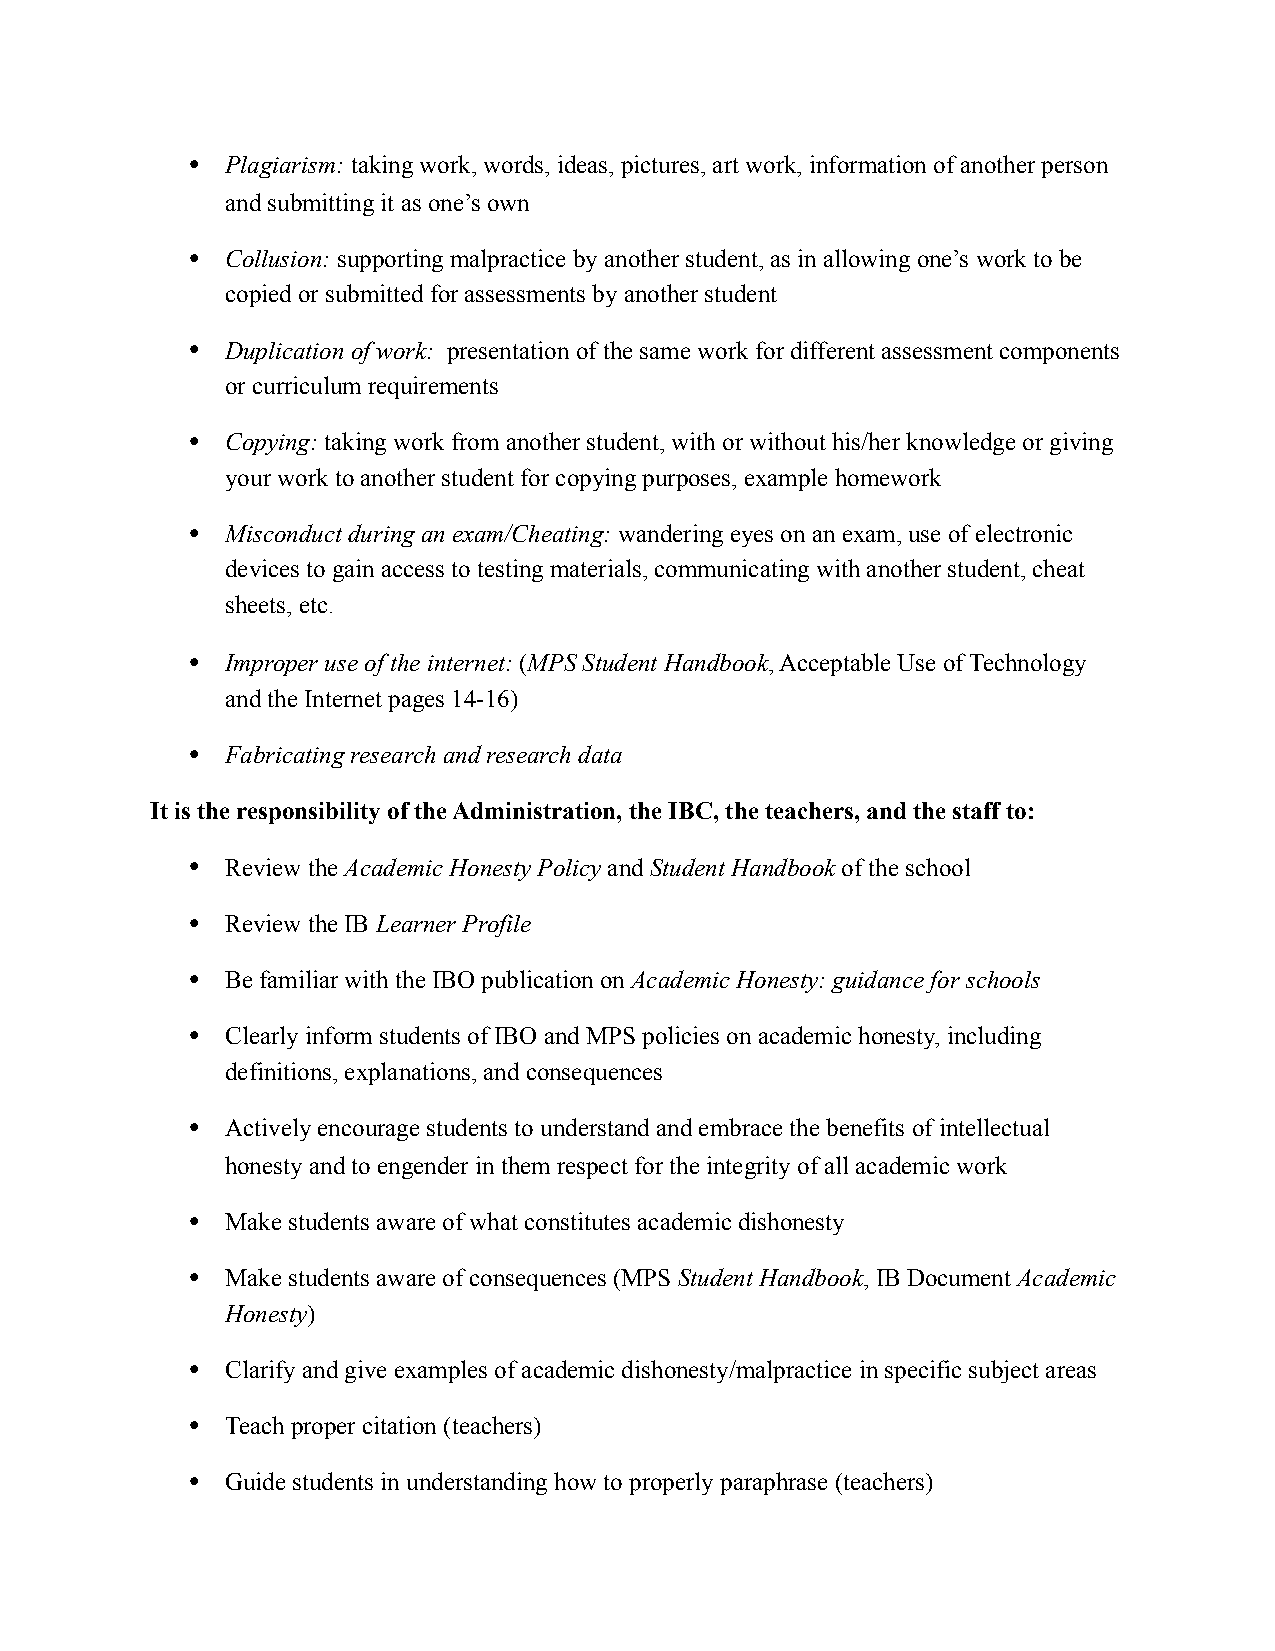
•  Plagiarism: taking work, words, ideas, pictures, art work, information of another person
 and submitting it as one’s own
 •  Collusion: supporting malpractice by another student, as in allowing one’s work to be
 copied or submitted for assessments by another student
 •  Duplication of work: presentation of the same work for different assessment components
 or curriculum requirements
 •  Copying: taking work from another student, with or without his/her knowledge or giving
 your work to another student for copying purposes, example homework
 •  Misconduct during an exam/Cheating: wandering eyes on an exam, use of electronic
 devices to gain access to testing materials, communicating with another student, cheat
 sheets, etc.
 •  Improper use of the internet: (MPS Student Handbook, Acceptable Use of Technology
 and the Internet pages 14-16)
 •  Fabricating research and research data
 It is the responsibility of the Administration, the IBC, the teachers, and the staff to:
 •  Review the Academic Honesty Policy and Student Handbook of the school
 •  Review the IB Learner Profile
 •  Be familiar with the IBO publication on Academic Honesty: guidance for schools
 •  Clearly inform students of IBO and MPS policies on academic honesty, including
 definitions, explanations, and consequences
 •  Actively encourage students to understand and embrace the benefits of intellectual
 honesty and to engender in them respect for the integrity of all academic work
 •  Make students aware of what constitutes academic dishonesty
 •  Make students aware of consequences (MPS Student Handbook, IB Document Academic
 Honesty)
 •  Clarify and give examples of academic dishonesty/malpractice in specific subject areas
 •  Teach proper citation (teachers)
 •  Guide students in understanding how to properly paraphrase (teachers)